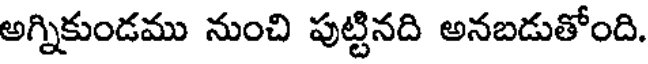
అగ్నికుండము నుంచి పుట్టినది అనబడుతోంది.